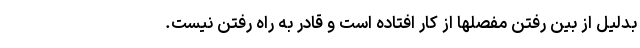
بدلیل از بین رفتن مفصلها از کار افتاده است و قادر به راه رفتن نیست.